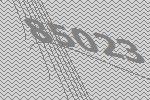
85023